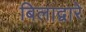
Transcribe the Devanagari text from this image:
बिलाद्वारे